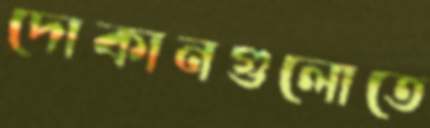
দোকানগুলোতে